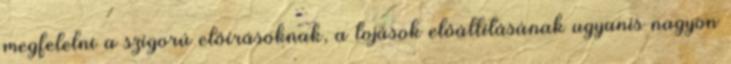
megfelelni a szigorú elôírásoknak, a tojások elôállításának ugyanis nagyon